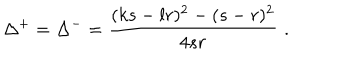
\Delta ^ { + } = \Delta ^ { - } = \displaystyle \frac { ( k s - l r ) ^ { 2 } - ( s - r ) ^ { 2 } } { 4 s r } \, \, .